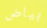
بياض